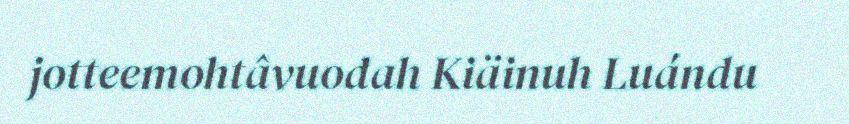
jotteemohtâvuodah Kiäinuh Luándu